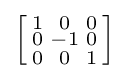
\left[{\begin{smallmatrix}1&0&0\\0&-1&0\\0&0&1\\\end{smallmatrix}}\right]